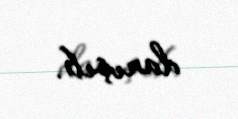
danışıb.